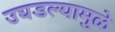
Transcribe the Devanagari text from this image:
उघडल्यामुळे